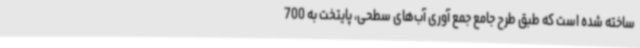
ساخته شده است که طبق طرح جامع جمع آوری آب‌های سطحی، پایتخت به 700